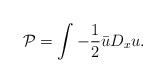
LaTeX: \begin{align*} \mathcal{P} = \int - \frac{1}{2} \bar u D_x u.\end{align*}